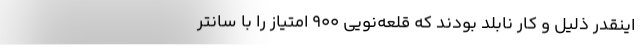
اینقدر ذلیل و کار نابلد بودند که قلعه‌نویی 900 امتیاز را با سانتر